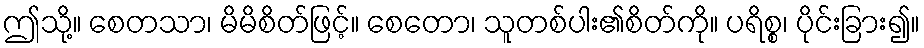
ဤသို့။ စေတသာ၊ မိမိစိတ်ဖြင့်။ စေတော၊ သူတစ်ပါး၏စိတ်ကို။ ပရိစ္စ၊ ပိုင်းခြား၍။